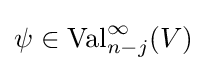
\psi \in \operatorname {Val} _{n-j}^{\infty }(V)